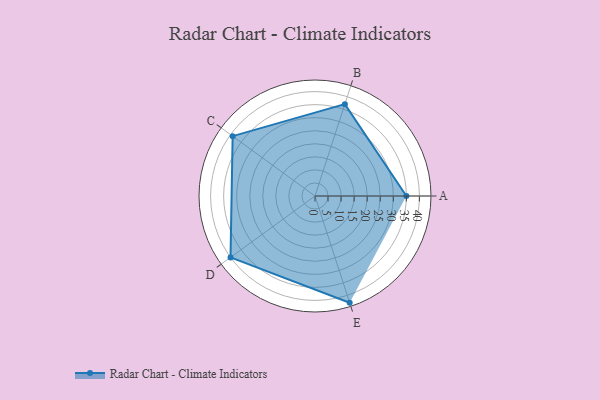
{"axis": {"x": "Skill", "y": "Score"}, "legend": ["Profile"], "data": [{"x": "A", "y": 35.0, "type": "Profile"}, {"x": "B", "y": 37.0, "type": "Profile"}, {"x": "C", "y": 39.0, "type": "Profile"}, {"x": "D", "y": 40.0, "type": "Profile"}, {"x": "E", "y": 43.0, "type": "Profile"}]}